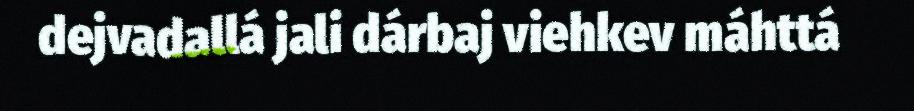
dejvadallá jali dárbaj viehkev máhttá